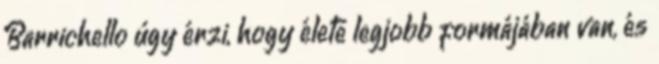
Barrichello úgy érzi, hogy élete legjobb formájában van, és